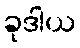
ခုဒါယ